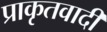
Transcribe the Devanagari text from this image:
प्राकृतवादी